Vaccine operations Central Provinces 1868-1885 - 1868-1885
Year: 1868
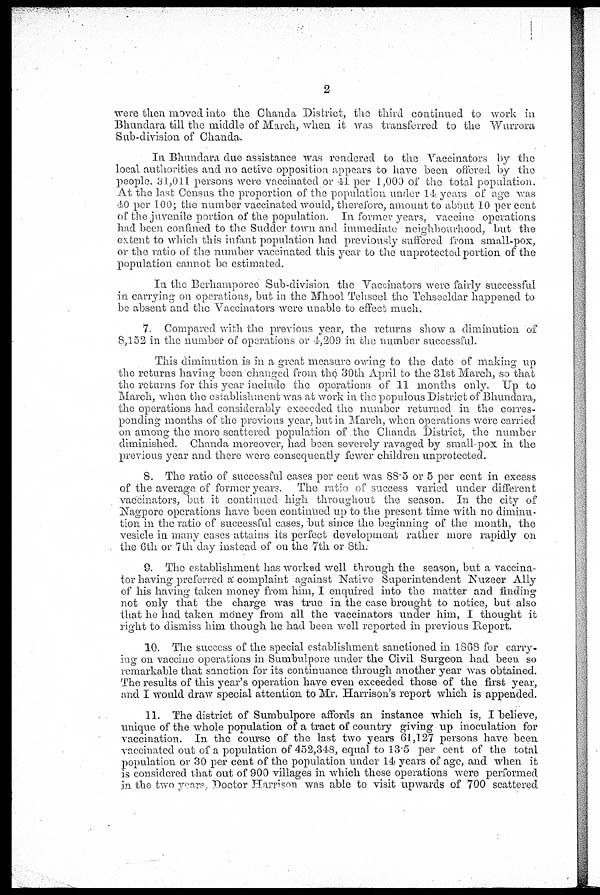
2
were then moved into the Chanda District, the third continued to work in
Bhundara till the middle of March, when it was transferred to the Wurrora
Sub-division of Chanda.
In Bhundara due assistance was rendered to the Vaccinators by the
local authorities and no active opposition appears to have been offered by the
people. 31,011 persons were vaccinated or 41 per 1,000 of the total population.
At the last Census the proportion of the population under 14 years of age was
40 per 100; the number vaccinated would, therefore, amount to about 10 per cent
of the juvenile portion of the population. In former years, vaccine operations
had been confined to the Sudder town and immediate neighbourhood, but the
extent to which this infant population had previously suffered from small-pox,
or the ratio of the number vaccinated this year to the unprotected portion of the
population cannot be estimated.
In the Berhamporee Sub-division the Vaccinators were fairly successful
in carrying on operations, but in the Mhool Tehseel the Tehsecldar happened to
be absent and the Vaccinators were unable to effect much.
7. Compared with the previous year, the returns show a diminution of
8,152 in the number of operations or 4,209 in the number successful.
This diminution is in a great measure owing to the date of making up
the returns having been changed from the 30th April to the 31st March, so that
the returns for this year include the operations of 11 months only. Up to
March, when the establishment was at work in the populous District of Bhundara,
the operations had considerably exceeded the number returned in the corres-
ponding months of the previous year, but in March, when operations were carried
on among the more scattered population of the Chanda District, the number
diminished. Chanda moreover, had been severely ravaged by small-pox in the
previous year and there were consequently fewer children unprotected.
8. The ratio of successful cases per cent was 88.5 or 5 per cent in excess
of the average of former years. The ratio of success varied under different
vaccinators, but it continued high throughout the season. In the city of
Nagpore operations have been continued up to the present time with no diminu-
tion in the ratio of successful cases, but since the beginning of the month, the
vesicle in many cases attains its perfect development rather more rapidly on
the 6th or 7th day instead of on the 7th or 8th.
9. The establishment has worked well through the season, but a vaccina-
tor having preferred a' complaint against Native Superintendent Nuzeer Ally
of his having taken money from him, I enquired into the matter and finding
not only that the charge was true in the case brought to notice, but also
that he had taken money from all the vaccinators under him, I thought it
right to dismiss him though he had been well reported in previous Report.
10. The success of the special establishment sanctioned in 1868 for carry-
ing on vaccine operations in Sumbulpore under the Civil Surgeon had been so
remarkable that sanction for its continuance through another year was obtained.
The results of this year's operation have even exceeded those of the first year,
and I would draw special attention to Mr. Harrison's report which is appended.
11. The district of Sumbulpore affords an instance which is, I believe,
unique of the whole population of a tract of country giving up inoculation for
vaccination. In the course of the last two years 61,127 persons have been
vaccinated out of a population of 452,348, equal to 13.5 per cent of the total
population or 30 per cent of the population under 14 years of age, and when it
is considered that out of 900 villages in which these operations were performed
in the two years. Doctor Harrison was able to visit upwards of 700 scattered